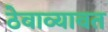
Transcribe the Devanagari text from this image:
ठेवाव्यावत